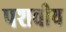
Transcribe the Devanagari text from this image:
पशवीय